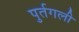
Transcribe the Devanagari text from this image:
पुर्तगली